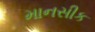
માનસીક